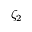
\zeta _ { 2 }